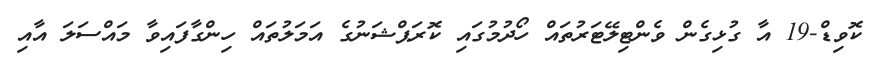
ކޮވިޑް-19 އާ ގުޅިގެން ވެންޓިލޭޓަރުތައް ހޯދުމުގައި ކޮރަޕްޝަނުގެ އަމަލުތައް ހިންގާފައިވާ މައްސަލަ އާއި